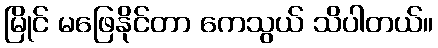
မြိုင် မဖြေနိုင်တာ ကေသွယ် သိပါတယ်။